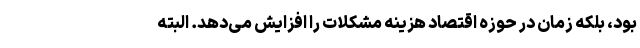
بود، بلکه زمان در حوزه اقتصاد هزینه مشکلات را افزایش می‌دهد. البته